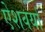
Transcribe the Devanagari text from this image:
ऐशवर्या